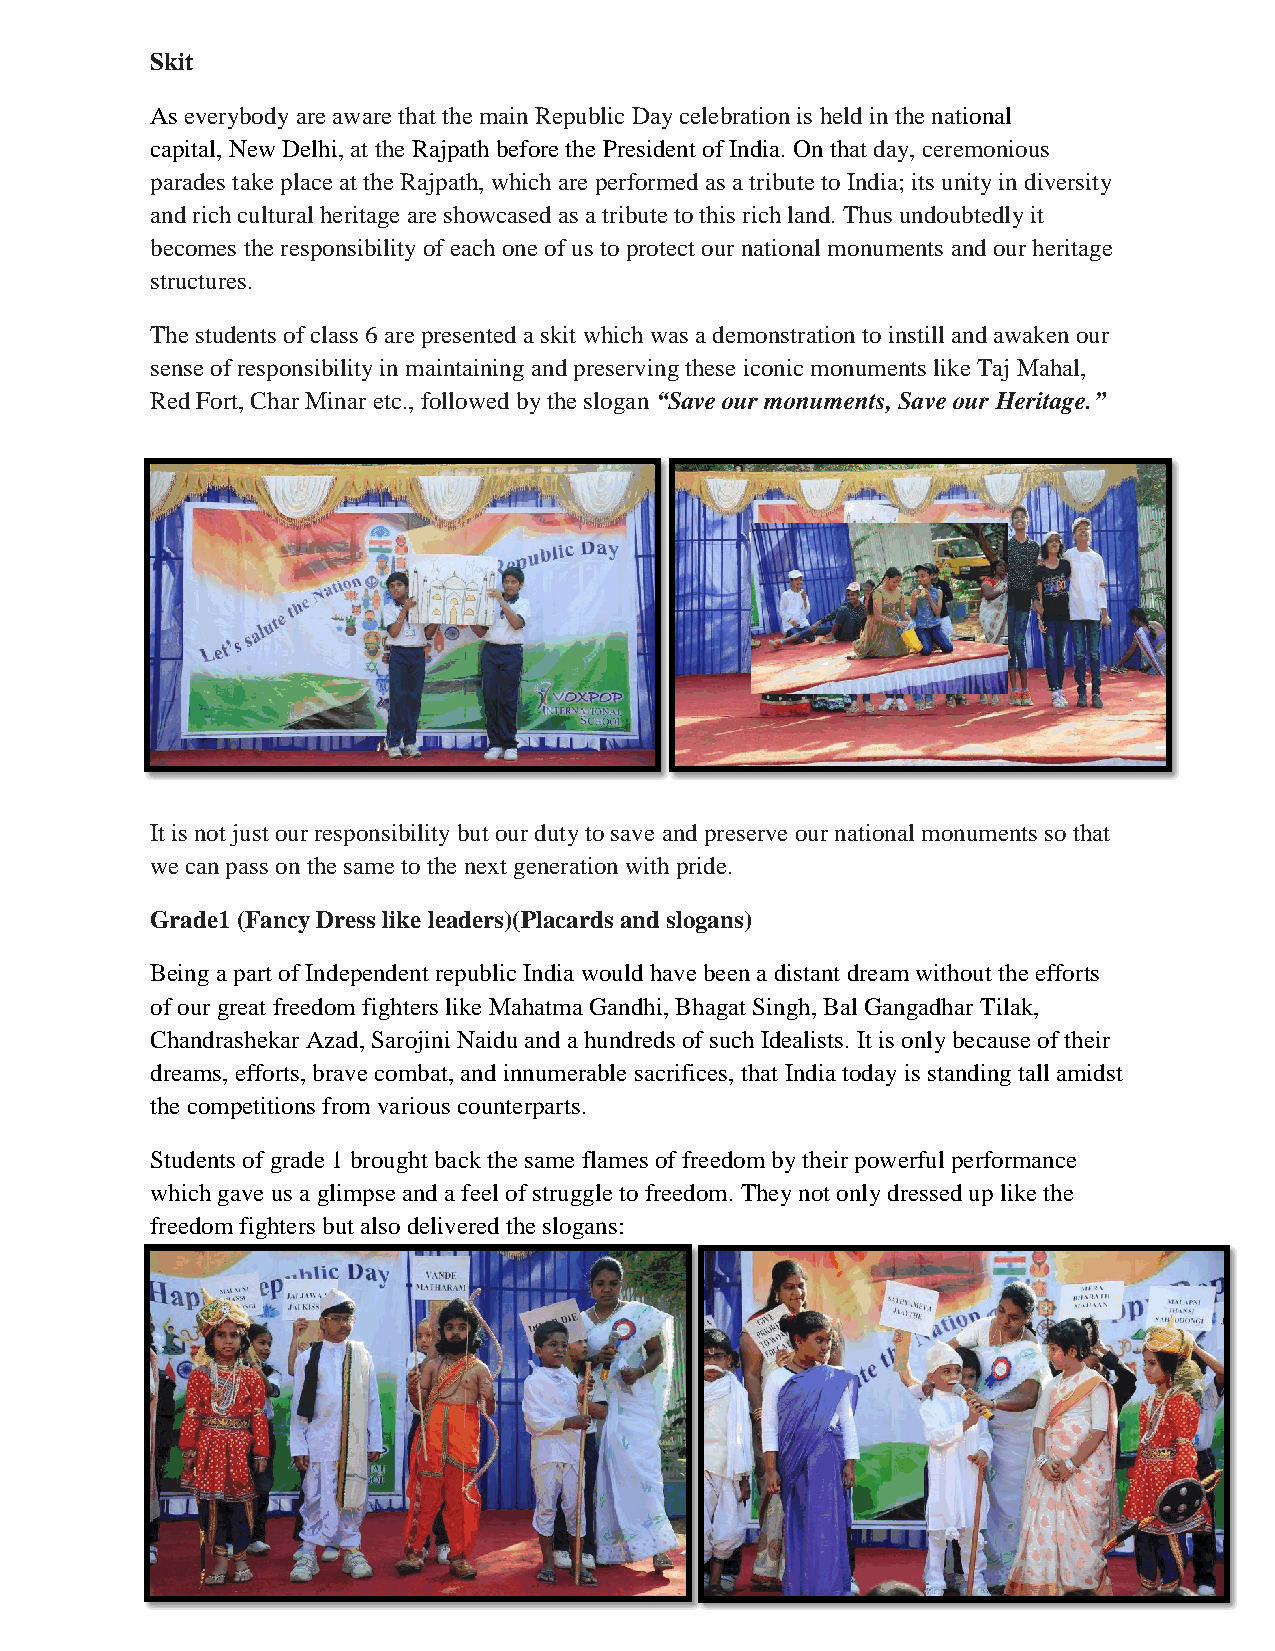
Skit
 As everybody are aware that the main Republic Day celebration is held in the national
 capital, New Delhi, at the Rajpath before the President of India. On that day, ceremonious
 parades take place at the Rajpath, which are performed as a tribute to India; its unity in diversity
 and rich cultural heritage are showcased as a tribute to this rich land. Thus undoubtedly it
 becomes the responsibility of each one of us to protect our national monuments and our heritage
 structures.
 The students of class 6 are presented a skit which was a demonstration to instill and awaken our
 sense of responsibility in maintaining and preserving these iconic monuments like Taj Mahal,
 Red Fort, Char Minar etc., followed by the slogan “Save our monuments, Save our Heritage.”
 It is not just our responsibility but our duty to save and preserve our national monuments so that
 we can pass on the same to the next generation with pride.
 Grade1 (Fancy Dress like leaders)(Placards and slogans)
 Being a part of Independent republic India would have been a distant dream without the efforts
 of our great freedom fighters like Mahatma Gandhi, Bhagat Singh, Bal Gangadhar Tilak,
 Chandrashekar Azad, Sarojini Naidu and a hundreds of such Idealists. It is only because of their
 dreams, efforts, brave combat, and innumerable sacrifices, that India today is standing tall amidst
 the competitions from various counterparts.
 Students of grade 1 brought back the same flames of freedom by their powerful performance
 which gave us a glimpse and a feel of struggle to freedom. They not only dressed up like the
 freedom fighters but also delivered the slogans: